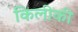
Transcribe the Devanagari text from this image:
किलीकी